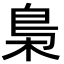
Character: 梟